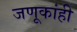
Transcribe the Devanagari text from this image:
जणूकांही